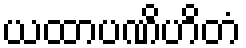
ယထာပဏိဟိတံ